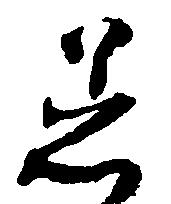
着